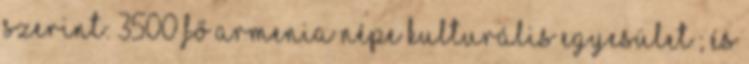
szerint: 3500 fő Armenia Népe Kulturális Egyesület ; és